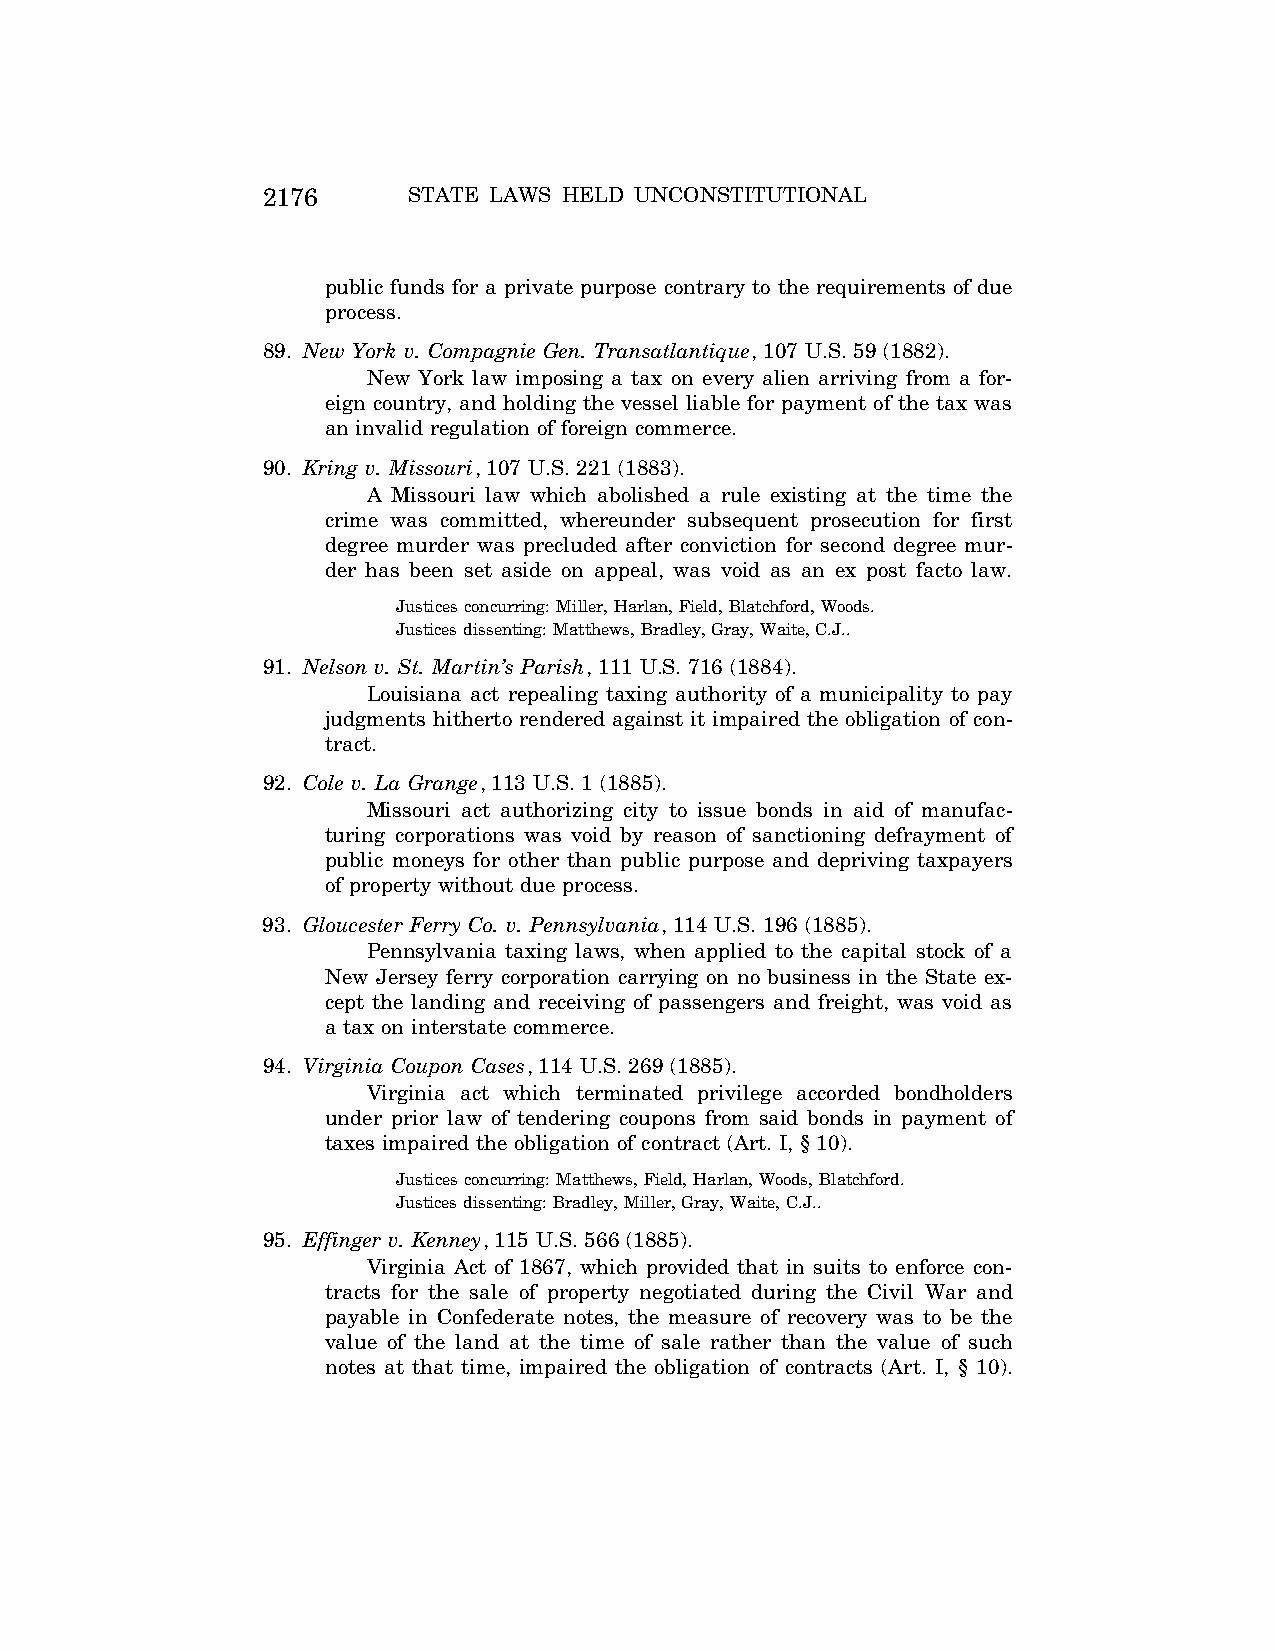
2176      STATE LAWS HELD UNCONSTITUTIONAL
 public funds for a private purpose contrary to the requirements of due
 process.
 89. New York v. Compagnie Gen. Transatlantique, 107 U.S. 59 (1882).
 New York law imposing a tax on every alien arriving from a for-
 eign country, and holding the vessel liable for payment of the tax was
 an invalid regulation of foreign commerce.
 90. Kring v. Missouri, 107 U.S. 221 (1883).
 A Missouri law which abolished a rule existing at the time the
 crime was committed, whereunder subsequent prosecution for first
 degree murder was precluded after conviction for second degree mur-
 der has been set aside on appeal, was void as an ex post facto law.
 Justices concurring: Miller, Harlan, Field, Blatchford, Woods.
 Justices dissenting: Matthews, Bradley, Gray, Waite, C.J..
 91. Nelson v. St. Martin’s Parish, 111 U.S. 716 (1884).
 Louisiana act repealing taxing authority of a municipality to pay
 judgments hitherto rendered against it impaired the obligation of con-
 tract.
 92. Cole v. La Grange, 113 U.S. 1 (1885).
 Missouri act authorizing city to issue bonds in aid of manufac-
 turing corporations was void by reason of sanctioning defrayment of
 public moneys for other than public purpose and depriving taxpayers
 of property without due process.
 93. Gloucester Ferry Co. v. Pennsylvania, 114 U.S. 196 (1885).
 Pennsylvania taxing laws, when applied to the capital stock of a
 New Jersey ferry corporation carrying on no business in the State ex-
 cept the landing and receiving of passengers and freight, was void as
 a tax on interstate commerce.
 94. Virginia Coupon Cases, 114 U.S. 269 (1885).
 Virginia act which terminated privilege accorded bondholders
 under prior law of tendering coupons from said bonds in payment of
 taxes impaired the obligation of contract (Art. I, § 10).
 Justices concurring: Matthews, Field, Harlan, Woods, Blatchford.
 Justices dissenting: Bradley, Miller, Gray, Waite, C.J..
 95. Effinger v. Kenney, 115 U.S. 566 (1885).
 Virginia Act of 1867, which provided that in suits to enforce con-
 tracts for the sale of property negotiated during the Civil War and
 payable in Confederate notes, the measure of recovery was to be the
 value of the land at the time of sale rather than the value of such
 notes at that time, impaired the obligation of contracts (Art. I, § 10).
 VerDate Aug<04>2004 12:57 Aug 23, 2004 Jkt 077500 PO 00000 Frm 00016 Fmt 8222 Sfmt 8222 C:\CONAN\CON064.SGM PRFM99 PsN: CON064